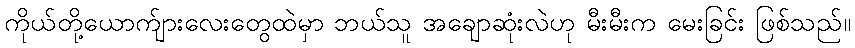
ကိုယ်တို့ယောက်ျားလေးတွေထဲမှာ ဘယ်သူ အချောဆုံးလဲဟု မီးမီးက မေးခြင်း ဖြစ်သည်။